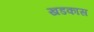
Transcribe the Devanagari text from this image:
खडकास